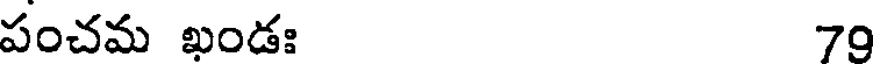
పంచమ ఖండః 70